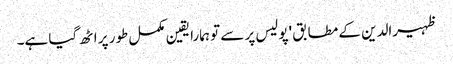
ظہیرالدین کے مطابق 'پولیس پر سے تو ہمارا یقین مکمل طور پر اٹھ گیا ہے۔